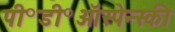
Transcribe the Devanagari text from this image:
पी॰डी॰ऑस्पेन्स्की